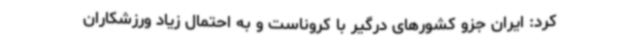
کرد: ایران جزو کشورهای درگیر با کروناست و به احتمال زیاد ورزشکاران